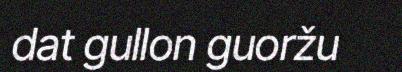
dat gullon guoržu